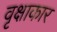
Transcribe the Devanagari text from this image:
वृक्षाकार